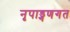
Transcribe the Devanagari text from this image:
नृपाड्गणगत